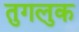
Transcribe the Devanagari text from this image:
तुगलुक